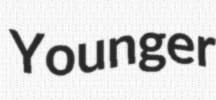
Younger